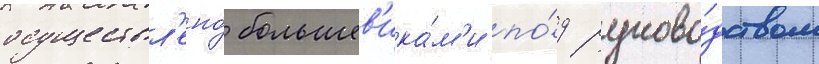
осуществл'ено́ большев'ика́м'и по́д руково́дством